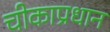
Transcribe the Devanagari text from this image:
चीकाप्रधान